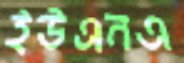
ইউএনএ